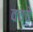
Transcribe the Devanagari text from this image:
वच्चे